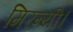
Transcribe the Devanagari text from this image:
मिरन्यी।